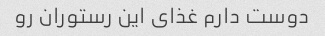
دوست دارم غذای این رستوران رو